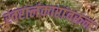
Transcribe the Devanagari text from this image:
स्वरालंकारांवरून